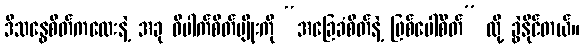
ဒီသန္ဓေစိတ်ကလေးနဲ့ အခု ဝိပါက်စိတ်မျိုးကို “အခြေခံစိတ်နဲ့ ဖြစ်ပေါ်စိတ်” လို့ ခွဲနိုင်တယ်။